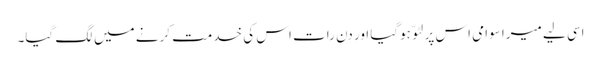
اسی لیے میرا سوامی اس پر لٹو ّ ہوگیا اور دن رات اس کی خدمت کرنے میں لگ گیا۔